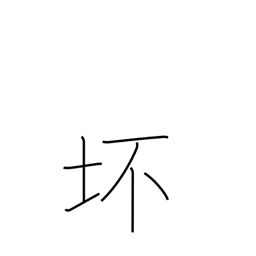
Meaning: bowl